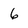
Character: 6